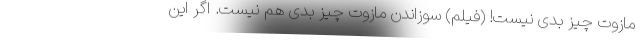
مازوت چیز بدی نیست! (فیلم) سوزاندن مازوت چیز بدی هم نیست. اگر این